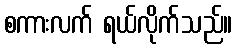
စကားလက် ရယ်လိုက်သည်။